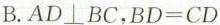
B.$$A D \perp B C$$,，$$BD=CD$$